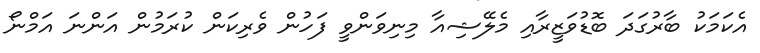
އެކަމަކު ބާރުގަދަ ބޮޑުވަޒީރާއި މެލޭޝިއާ މިނިވަންވީ ފަހުން ވެރިކަން ކުރަމުން އަންނަ އަމްނޯ